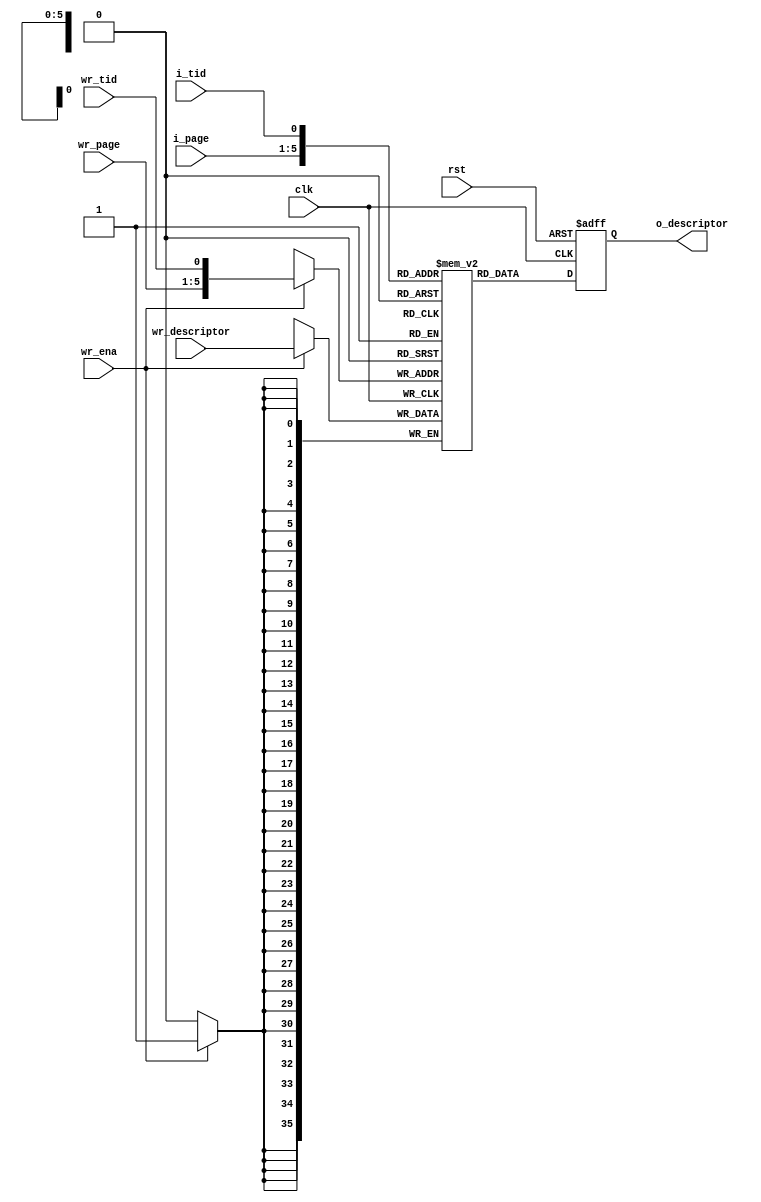
//==============================================================================================
//    Main contributors
//      - Adam Luczak         <mailto:adam.luczak@outlook.com>
//==============================================================================================
`default_nettype none
//-----------------------------------------------------------------------------
`timescale 1ns / 1ns                            
//==============================================================================================
// hierarchy:
// processor core (TOP)
// + instruction fetch 
//   + instruction cache way 
//     + page desritption table
//==============================================================================================
module eco32_core_ifu_icu_way_pt
#
(
parameter [5:0] PAGE_ADDR_WIDTH  = 6'h5
)
(
input  wire                         clk,
input  wire                         rst,

input  wire                         i_tid,
input  wire  [PAGE_ADDR_WIDTH-1:0]  i_page,

input  wire                         wr_ena,
input  wire                         wr_tid,
input  wire  [PAGE_ADDR_WIDTH-1:0]  wr_page,
input  wire                 [35:0]  wr_descriptor,
 
output wire                 [35:0]  o_descriptor
);                             
//==============================================================================================
// parameters
//==============================================================================================
localparam          _PAW                =                                      PAGE_ADDR_WIDTH ;
localparam          _A                  =                           1/*TID*/ + PAGE_ADDR_WIDTH ;
localparam          _T                  =                       1<<(1/*TID*/ + PAGE_ADDR_WIDTH);   
//==============================================================================================
// variables
//==============================================================================================   
(*ramstyle="distributed"*)      reg         [  35 : 0]  ptable [_T-1:0];
                                wire        [_A-1 : 0]  wr_addr;
                                wire        [_A-1 : 0]  rd_addr;
                                reg         [  35 : 0]  rd_descriptor;
//==============================================================================================
// memory
//==============================================================================================
assign  wr_addr         =                                            {wr_page[_PAW-1:0],wr_tid};
assign  rd_addr         =                                            { i_page[_PAW-1:0], i_tid};
//----------------------------------------------------------------------------------------------
always@(posedge clk) 
 begin
    if(wr_ena) ptable[wr_addr]  <= wr_descriptor;
 end                                        
//----------------------------------------------------------------------------------------------
always@(posedge clk or posedge rst) 
 if(rst)        rd_descriptor   <=                                                          'd0;
 else           rd_descriptor   <=                                              ptable[rd_addr];
//----------------------------------------------------------------------------------------------
assign  o_descriptor    =                                                         rd_descriptor;
//==============================================================================================
endmodule